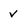
Character: v